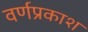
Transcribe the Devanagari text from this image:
वर्णप्रकाश